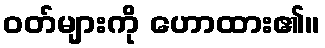
ဝတ်များကို ဟောထား၏။